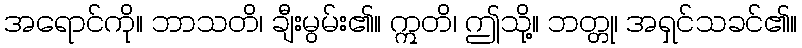
အရောင်ကို။ ဘာသတိ၊ ချီးမွမ်း၏။ ဣတိ၊ ဤသို့။ ဘတ္တု၊ အရှင်သခင်၏။